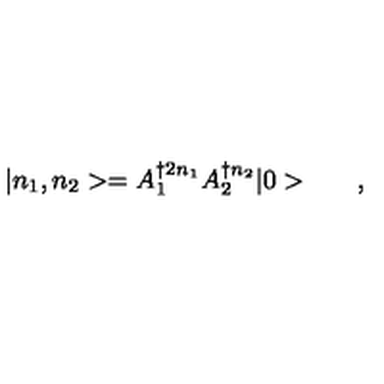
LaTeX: { } | n _ { 1 } , n _ { 2 } > = A _ { 1 } ^ { \dagger 2 { n _ { 1 } } } A _ { 2 } ^ { \dagger { n _ { 2 } } } | 0 > \qquad ,